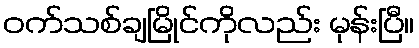
ဝက်သစ်ချမြိုင်ကိုလည်း မုန်းပြီ။